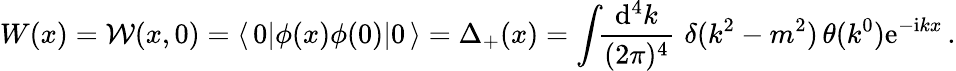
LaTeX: W(x)={\cal W}(x,0)=\langle\, 0|\phi(x)\phi(0)|0\, \rangle=\Delta_{+}(x)={\displaystyle\int\! \! \frac{\mathrm{d}^{4}k}{(2\pi)^{4}}}\, \, \delta(k^{2}-m^{2})\, \theta(k^{0})\mathrm{e}^{-\mathrm{i}kx}\, .